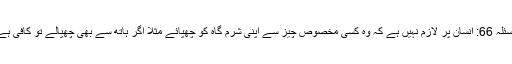
مسئلہ 66: انسان پر لازم نہیں ہے کہ وہ کسی مخصوص چیز سے اپنی شرم گاہ کو چھپائے مثلاً اگر ہاتھ سے بھی چھپالے تو کافی ہے۔